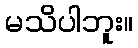
မသိပါဘူး။